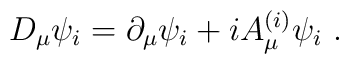
D_\mu\psi_i = \partial_\mu\psi_i +i A_\mu^{(i)}\psi_i\ .